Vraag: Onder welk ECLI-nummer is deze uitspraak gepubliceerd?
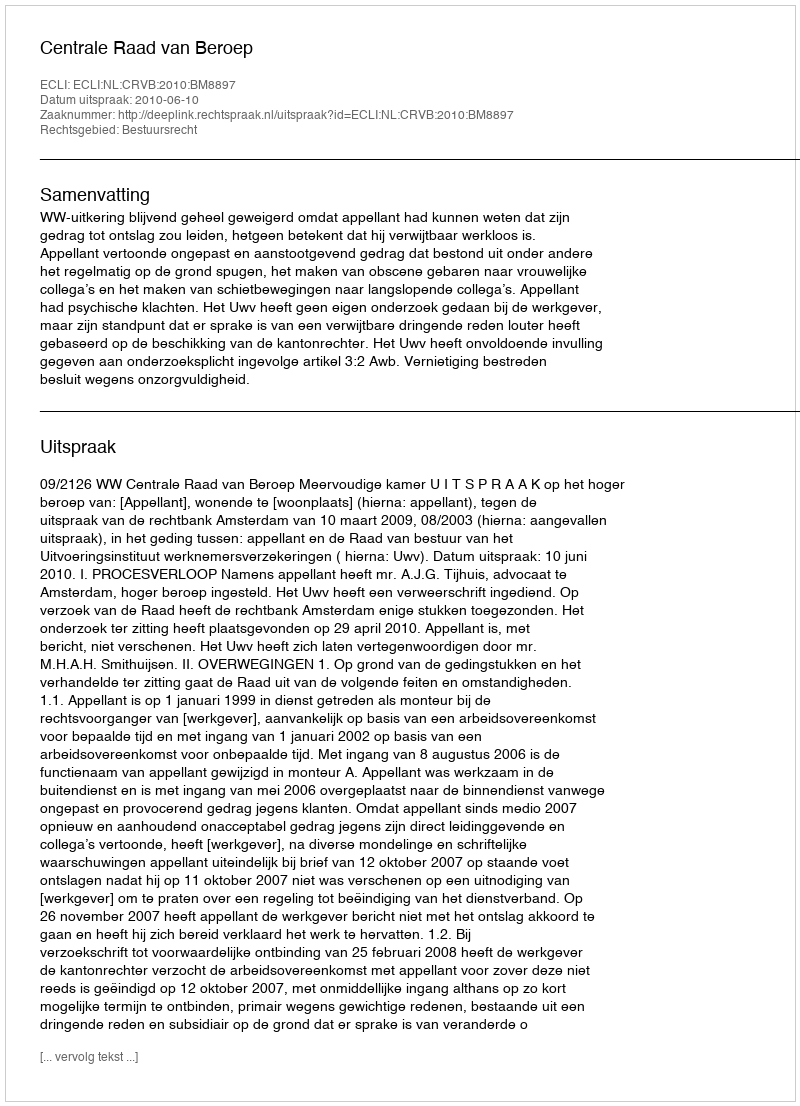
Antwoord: ECLI:NL:CRVB:2010:BM8897